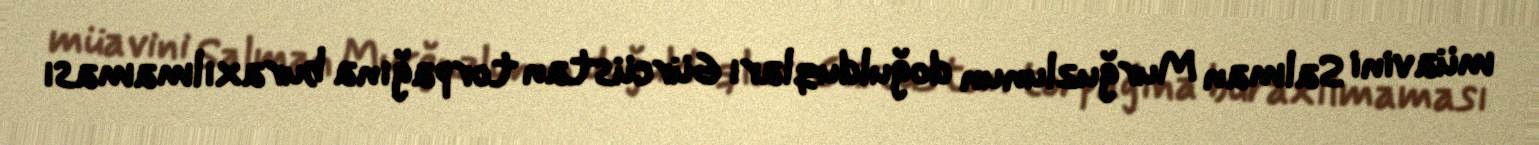
müavini Salman Murğuzlunun doğulduqları Gürcüstan torpağına buraxılmaması